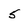
Character: 5